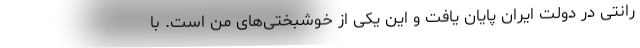
رانتی در دولت ایران پایان یافت و این یکی از خوشبختی‌های من است. با